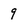
Character: 9